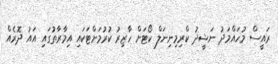
ރައީސް މުހައްމަދު ނަޝީދު ކްރިމިނިނަލް ކޯޓަށް ހާޒިރު ކުރުމަށްޓަކައި އިމާރާތުގައި އައު ދޮރެއް